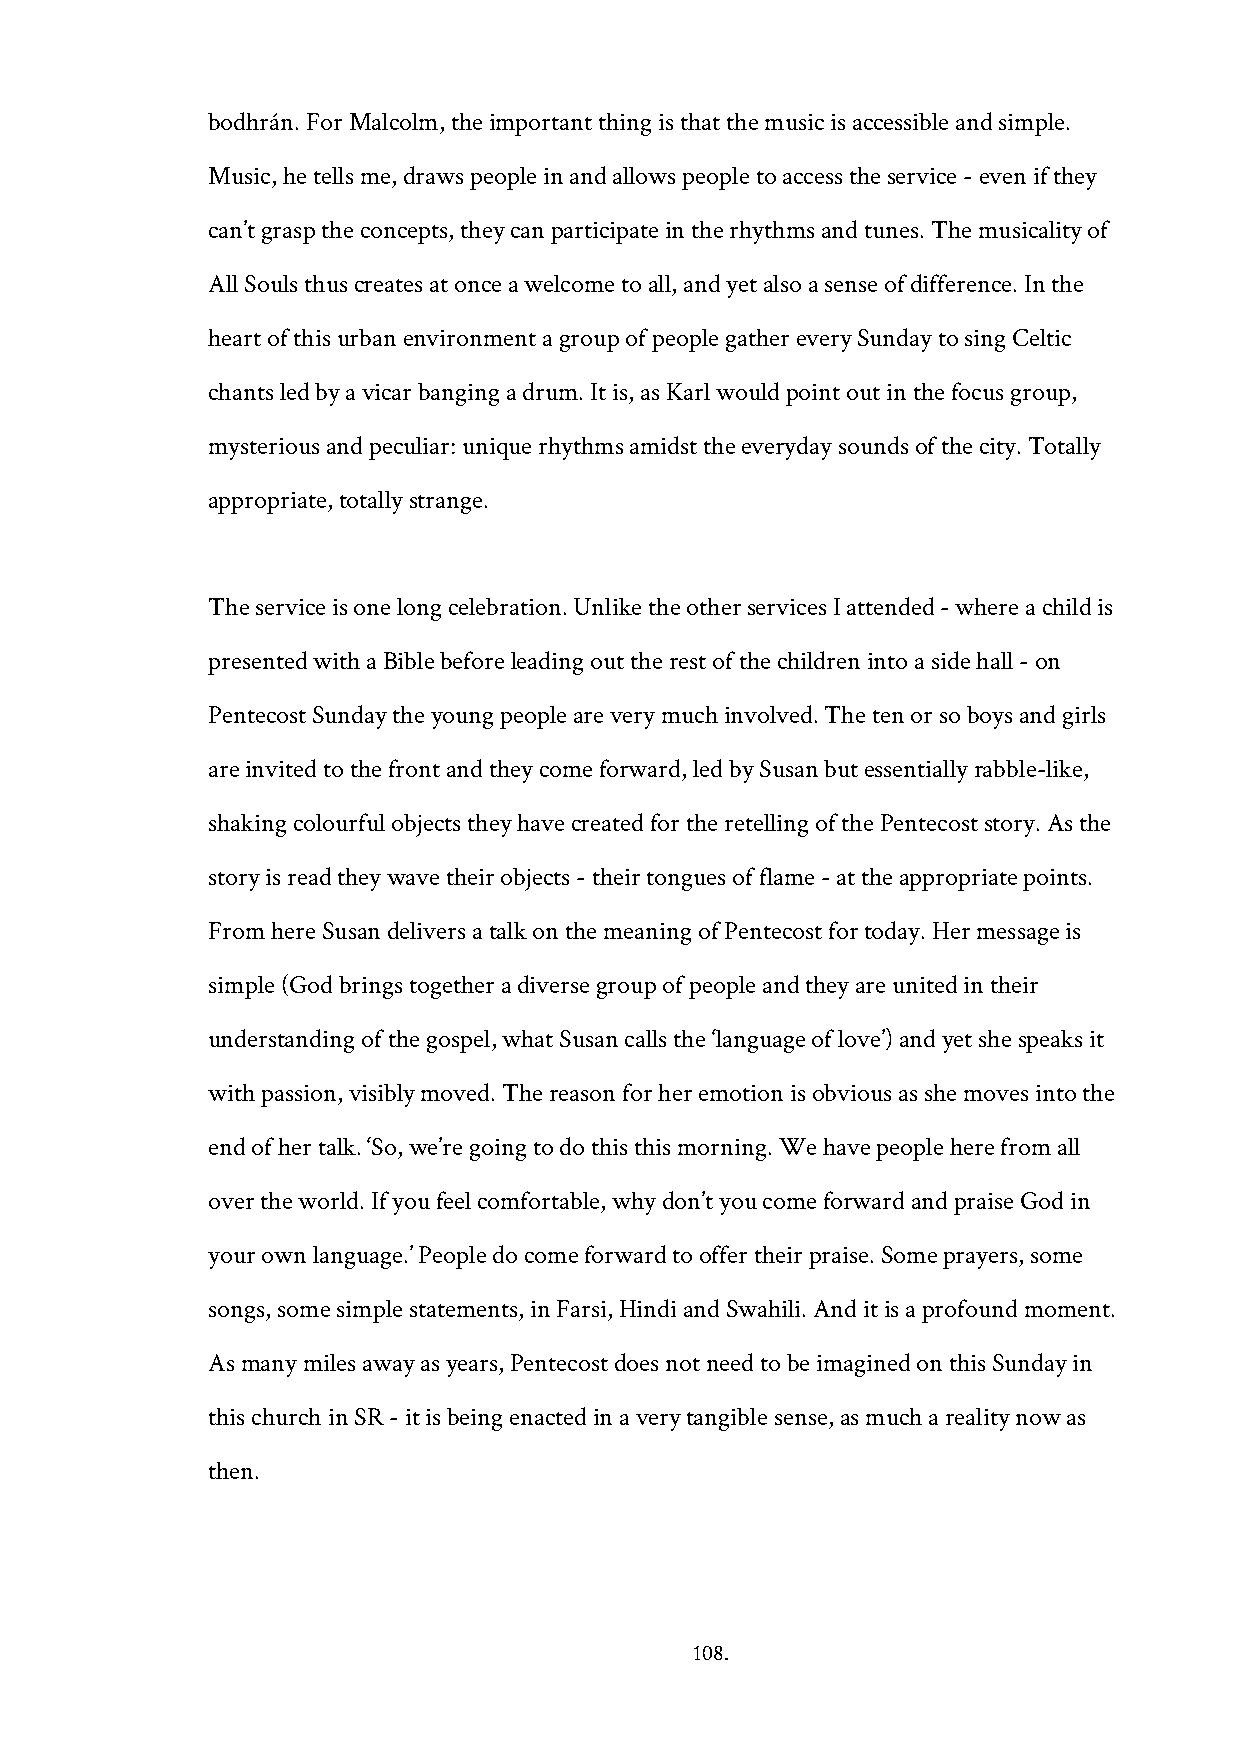
bodhrán. For Malcolm, the important thing is that the music is accessible and simple.
 Music, he tells me, draws people in and allows people to access the service - even if they
 can’t grasp the concepts, they can participate in the rhythms and tunes. The musicality of
 All Souls thus creates at once a welcome to all, and yet also a sense of difference. In the
 heart of this urban environment a group of people gather every Sunday to sing Celtic
 chants led by a vicar banging a drum. It is, as Karl would point out in the focus group,
 mysterious and peculiar: unique rhythms amidst the everyday sounds of the city. Totally
 appropriate, totally strange.
 The service is one long celebration. Unlike the other services I attended - where a child is
 presented with a Bible before leading out the rest of the children into a side hall - on
 Pentecost Sunday the young people are very much involved. The ten or so boys and girls
 are invited to the front and they come forward, led by Susan but essentially rabble-like,
 shaking colourful objects they have created for the retelling of the Pentecost story. As the
 story is read they wave their objects - their tongues of flame - at the appropriate points.
 From here Susan delivers a talk on the meaning of Pentecost for today. Her message is
 simple (God brings together a diverse group of people and they are united in their
 understanding of the gospel, what Susan calls the ‘language of love’) and yet she speaks it
 with passion, visibly moved. The reason for her emotion is obvious as she moves into the
 end of her talk. ‘So, we’re going to do this this morning. We have people here from all
 over the world. If you feel comfortable, why don’t you come forward and praise God in
 your own language.’ People do come forward to offer their praise. Some prayers, some
 songs, some simple statements, in Farsi, Hindi and Swahili. And it is a profound moment.
 As many miles away as years, Pentecost does not need to be imagined on this Sunday in
 this church in SR - it is being enacted in a very tangible sense, as much a reality now as
 then.
 108.